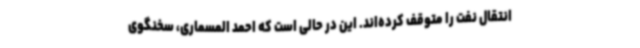
انتقال نفت را متوقف کرده‌اند. این در حالی است که احمد المسماری، سخنگوی